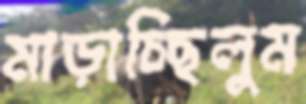
মাড়াচ্ছিলুম